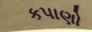
કપાણો